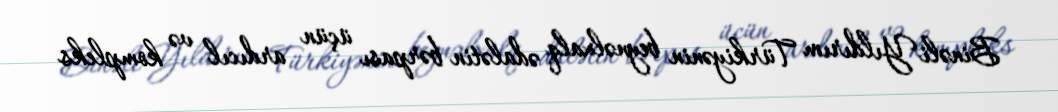
Binəli Yıldırım Türkiyənin beynəlxalq ədalətin bərpası üçün ardıcıl və kompleks